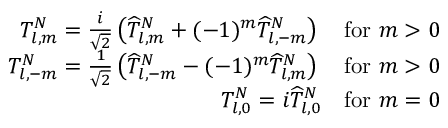
\begin{array} { r } { T _ { l , m } ^ { N } = \frac { i } { \sqrt { 2 } } \left( \widehat { T } _ { l , m } ^ { N } + ( - 1 ) ^ { m } \widehat { T } _ { l , - m } ^ { N } \right) \quad \mathrm { f o r } \, \, m > 0 } \\ { T _ { l , - m } ^ { N } = \frac { 1 } { \sqrt { 2 } } \left( \widehat { T } _ { l , - m } ^ { N } - ( - 1 ) ^ { m } \widehat { T } _ { l , m } ^ { N } \right) \quad \mathrm { f o r } \, \, m > 0 } \\ { T _ { l , 0 } ^ { N } = i \widehat { T } _ { l , 0 } ^ { N } \quad \mathrm { f o r } \, \, m = 0 } \end{array}